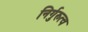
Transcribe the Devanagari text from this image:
निर्गुरुत्व